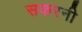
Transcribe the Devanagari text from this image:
सकरनी